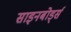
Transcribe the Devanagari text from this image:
साइनबोर्ड्स